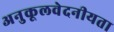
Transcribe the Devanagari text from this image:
अनुकूलवेदनीयता